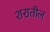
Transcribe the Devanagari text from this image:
शरातील